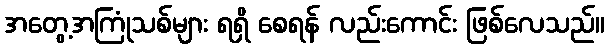
အတွေ့အကြုံသစ်များ ရရှိ စေရန် လည်းကောင်း ဖြစ်လေသည်။